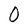
Character: 0